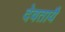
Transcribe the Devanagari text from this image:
देवतायै